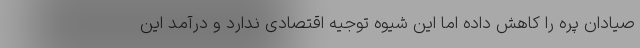
صیادان پره را کاهش داده اما این شیوه توجیه اقتصادی ندارد و درآمد این